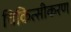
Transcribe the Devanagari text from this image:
चिकित्सीकरण